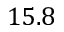
1 5 . 8